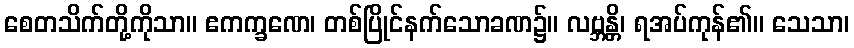
စေတသိက်တို့ကိုသာ။ ဧကက္ခဏေ၊ တစ်ပြိုင်နက်သောခဏ၌။ လဗ္ဘန္တိ၊ ရအပ်ကုန်၏။ သေသာ၊